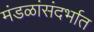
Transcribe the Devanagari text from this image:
मंडळांसंदर्भात